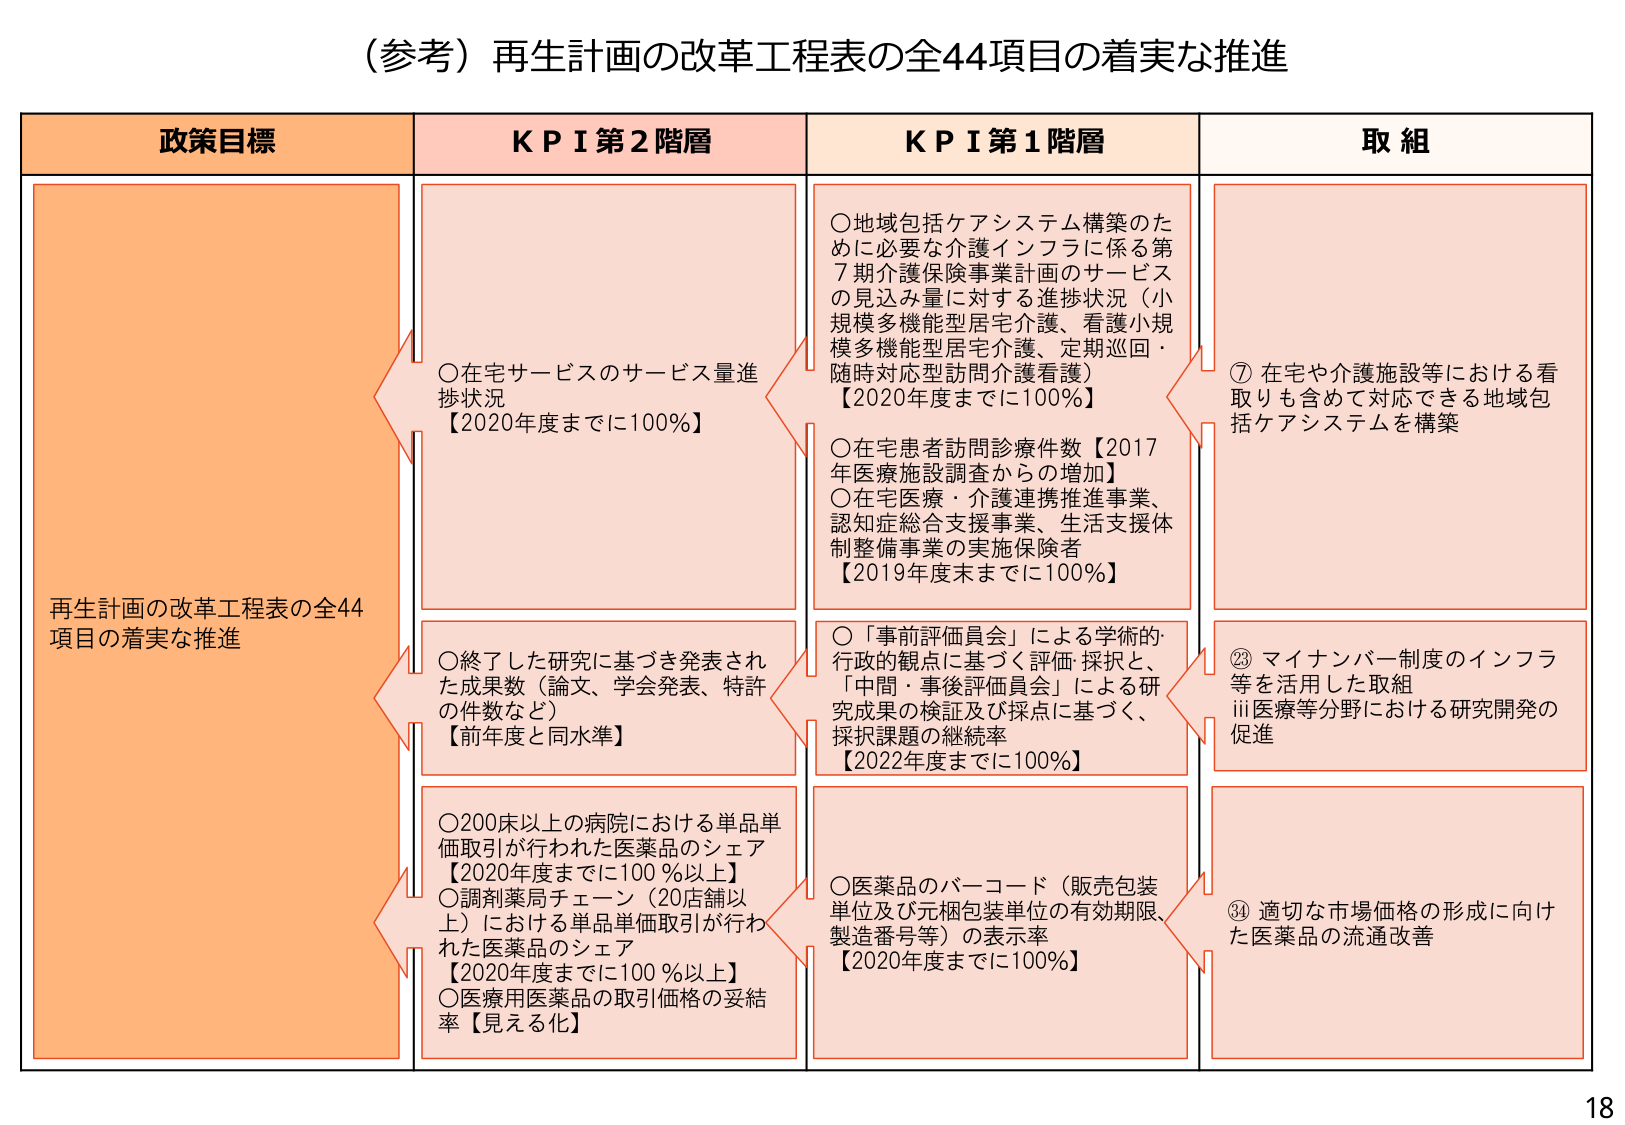
（参考）再生計画の改革工程表の全44項目の着実な推進

政策目標
再生計画の改革工程表の全44項目の着実な推進

KPI第2階層
○在宅サービスのサービス量進捗状況
【2020年度までに100％】

○終了した研究に基づき発表された成果数（論文、学会発表、特許の件数など）
【前年度と同水準】

○200床以上の病院における単品単価取引が行われた医薬品のシェア
【2020年度までに100％以上】
○調剤薬局チェーン（20店舗以上）における単品単価取引が行われた医薬品のシェア
【2020年度までに100％以上】
○医療用医薬品の取引価格の妥結率【見える化】

KPI第1階層
○地域包括ケアシステム構築のために必要な介護インフラに係る第7期介護保険事業計画のサービスの見込み量に対する進捗状況（小規模多機能型居宅介護、看護小規模多機能型居宅介護、定期巡回・随時対応型訪問介護看護）
【2020年度までに100％】

○在宅患者訪問診療件数【2017年医療施設調査からの増加】
○在宅医療・介護連携推進事業、認知症総合支援事業、生活支援体制整備事業の実施保険者
【2019年度末までに100％】

○「事前評価員会」による学術的・行政的観点に基づく評価・採択と、「中間・事後評価員会」による研究成果の検証及び採点に基づく、採択課題の継続率
【2022年度までに100％】

○医薬品のバーコード（販売包装単位及び元梱包装単位の有効期限、製造番号等）の表示率
【2020年度までに100％】

取組
⑦ 在宅や介護施設等における看取りも含めて対応できる地域包括ケアシステムを構築

⑲ マイナンバー制度のインフラ等を活用した取組
ⅲ医療等分野における研究開発の促進

⑳ 適切な市場価格の形成に向けた医薬品の流通改善

18